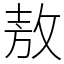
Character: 敖